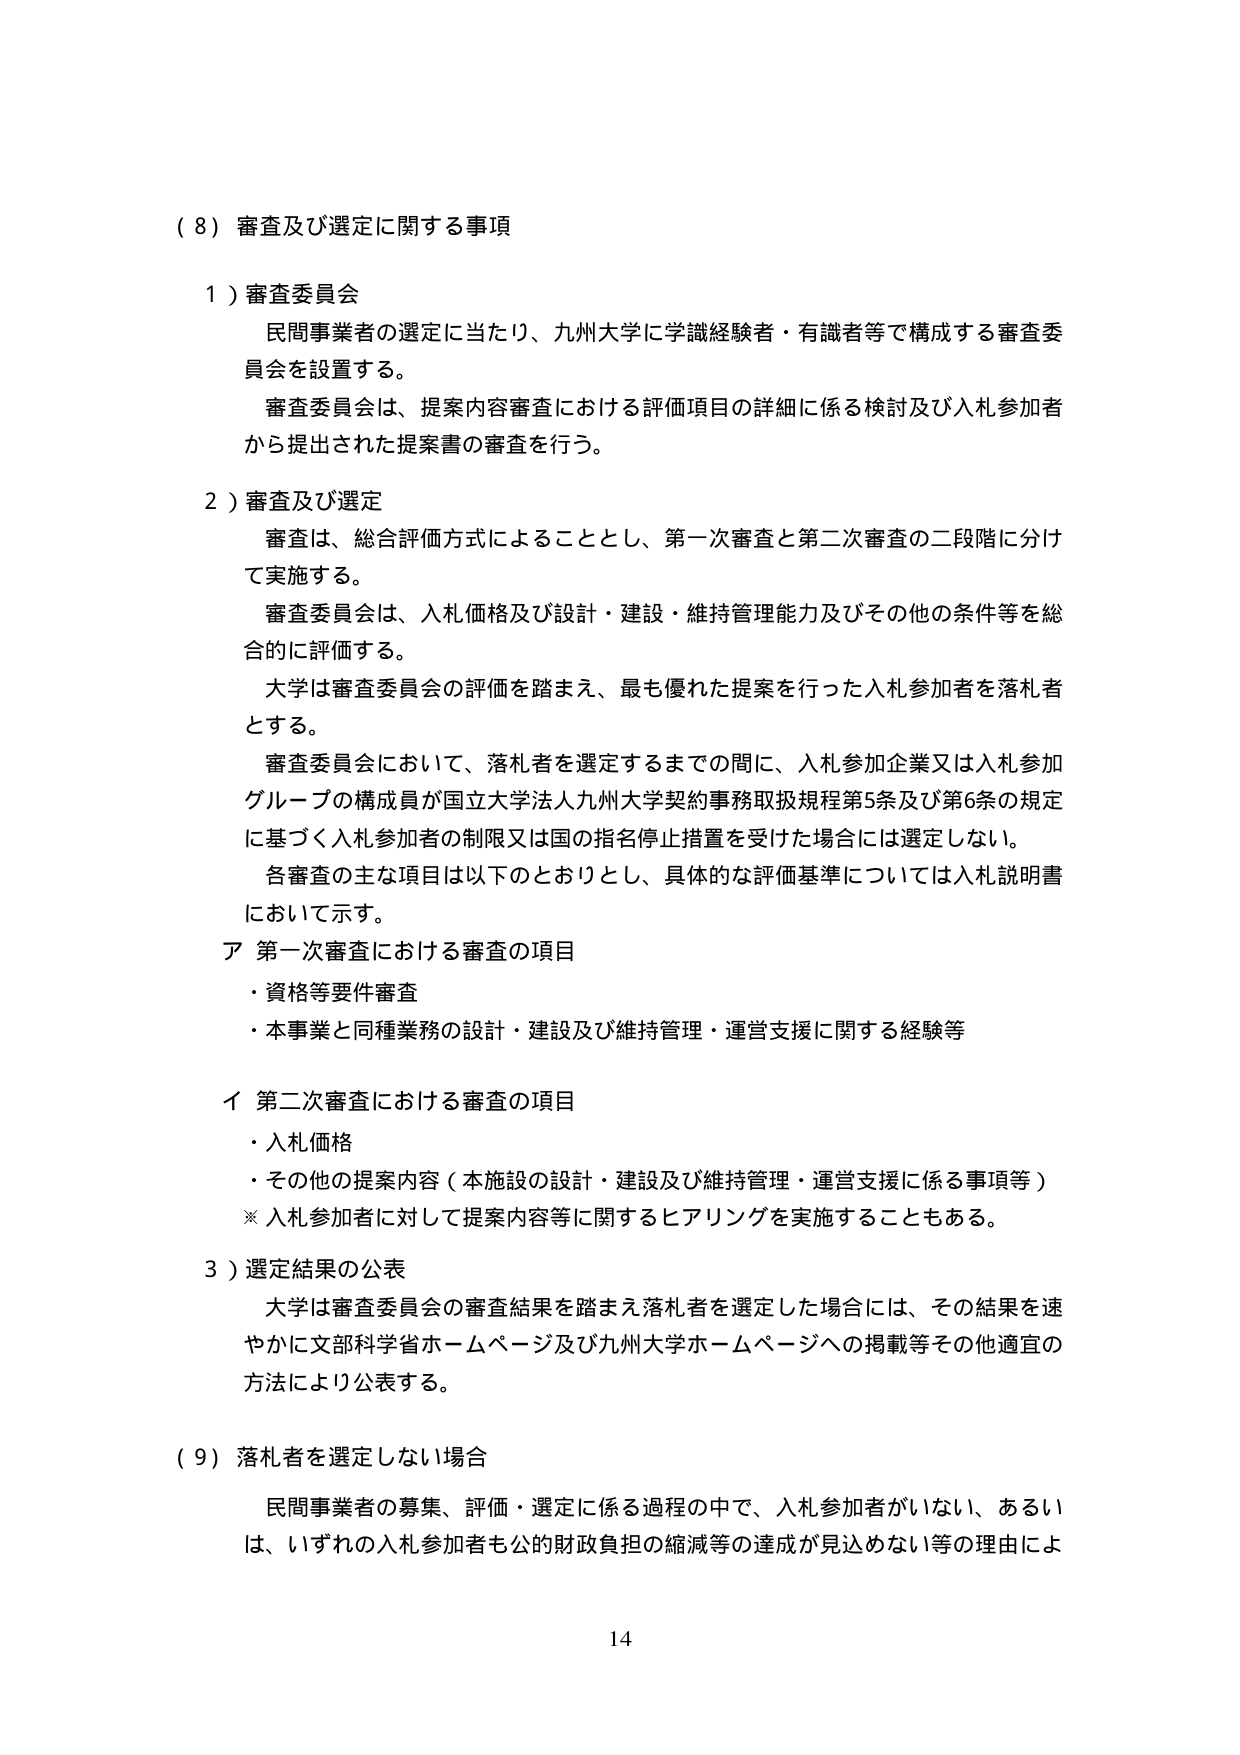
（８）審査及び選定に関する事項

１）審査委員会
民間事業者の選定に当たり、九州大学に学識経験者・有識者等で構成する審査委員会を設置する。
審査委員会は、提案内容審査における評価項目の詳細に係る検討及び入札参加者から提出された提案書の審査を行う。

２）審査及び選定
審査は、総合評価方式によることとし、第一次審査と第二次審査の二段階に分けて実施する。
審査委員会は、入札価格及び設計・建設・維持管理能力及びその他の条件等を総合的に評価する。
大学は審査委員会の評価を踏まえ、最も優れた提案を行った入札参加者を落札者とする。
審査委員会において、落札者を選定するまでの間に、入札参加企業又は入札参加グループの構成員が国立大学法人九州大学契約事務取扱規程第5条及び第6条の規定に基づく入札参加者の制限又は国の指名停止措置を受けた場合には選定しない。
各審査の主な項目は以下のとおりとし、具体的な評価基準については入札説明書において示す。
ア 第一次審査における審査の項目
・資格等要件審査
・本事業と同種業務の設計・建設及び維持管理・運営支援に関する経験等

イ 第二次審査における審査の項目
・入札価格
・その他の提案内容（本施設の設計・建設及び維持管理・運営支援に係る事項等）
※ 入札参加者に対して提案内容等に関するヒアリングを実施することもある。

３）選定結果の公表
大学は審査委員会の審査結果を踏まえ落札者を選定した場合には、その結果を速やかに文部科学省ホームページ及び九州大学ホームページへの掲載等その他適宜の方法により公表する。

（９）落札者を選定しない場合
民間事業者の募集、評価・選定に係る過程の中で、入札参加者がいない、あるいは、いずれの入札参加者も公的財政負担の縮減等の達成が見込めない等の理由によ

14